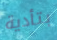
بتأدية